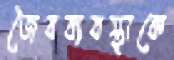
জৈবব্যবস্থাকে